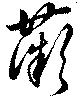
薇